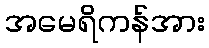
အမေရိကန်အား